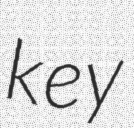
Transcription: key